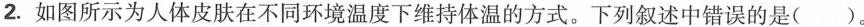
2.如图所示为人体皮肤在不同环境温度下维持体温的方式。下列叙述中错误的是( )。